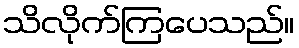
သိလိုက်ကြပေသည်။